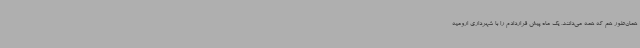
همان‌طور هم که همه می‌دانند، یک ماه پیش قراردادم را با شهرداری ارومیه